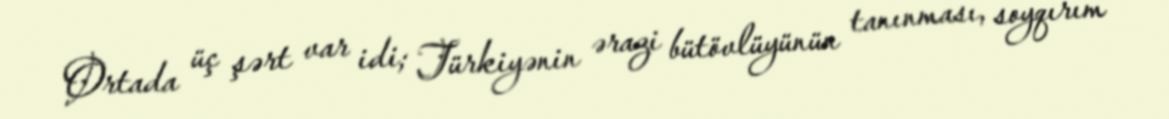
Ortada üç şərt var idi; Türkiyənin ərazi bütövlüyünün tanınması, soyqırım